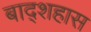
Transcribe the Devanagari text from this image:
बाद्शहास